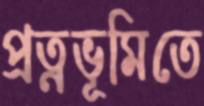
প্রত্নভূমিতে